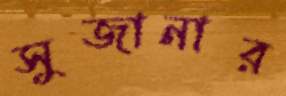
সুজানার